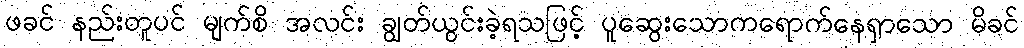
ဖခင် နည်းတူပင် မျက်စိ အလင်း ချွတ်ယွင်းခဲ့ရသဖြင့် ပူဆွေးသောကရောက်နေရှာသော မိခင်